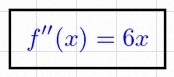
f''(x)=6x